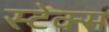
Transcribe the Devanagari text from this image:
स्टेक्स